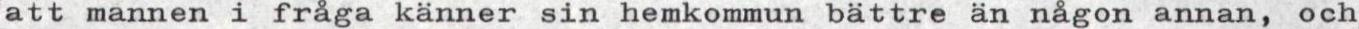
att mannen i fråga känner sin hemkommun bättre än någon annan, och